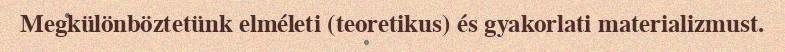
Megkülönböztetünk elméleti (teoretikus) és gyakorlati materializmust.